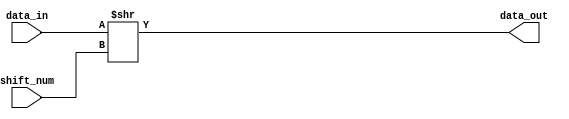
module shr(
    input [31:0] data_in,
    input [31:0] shift_num,
    output [31:0] data_out
);
    assign data_out = data_in >>  shift_num;
endmodule